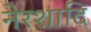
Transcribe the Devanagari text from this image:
नेरशादि